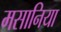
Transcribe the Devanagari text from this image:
मसानिया